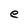
Character: e